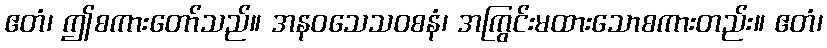
ဧတံ၊ ဤစကားတော်သည်။ အနဝသေသဝစနံ၊ အကြွင်းမထားသောစကားတည်း။ ဧတံ၊